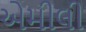
એમીલી